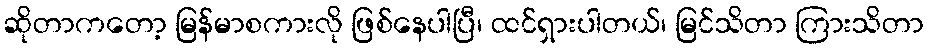
ဆိုတာကတော့ မြန်မာစကားလို ဖြစ်နေပါပြီ၊ ထင်ရှားပါတယ်၊ မြင်သိတာ ကြားသိတာ